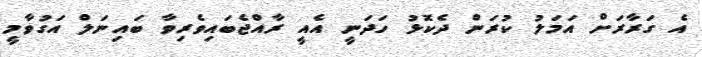
އެ ގަރާރަށް އަމަލު ކުރަން ދެކޮޅު ހަދަނީ އެއީ ރާއްޖެބައިވެރިވާ ބައިނަލް އަގުވާމީ